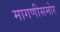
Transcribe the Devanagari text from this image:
मागणीसमोर